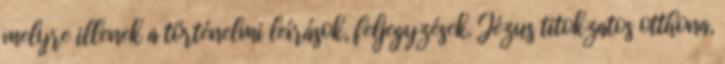
melyre illenek a történelmi leírások, feljegyzések. Jézus titokzatos otthona,